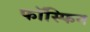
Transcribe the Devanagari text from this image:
फॉस्फिन